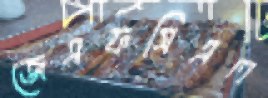
জেএফসিএল